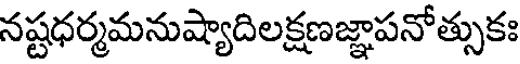
నష్టధర్మమనుష్యాదిలక్షణజ్ఞాపనోత్సుకః